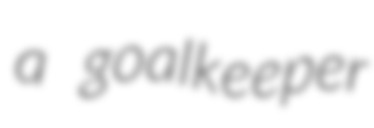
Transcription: a goalkeeper